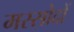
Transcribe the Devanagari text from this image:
मस्सोदों